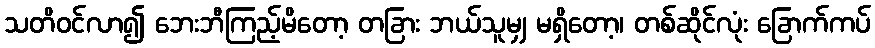
သတိဝင်လာ၍ ဘေးဘီကြည့်မိတော့ တခြား ဘယ်သူမျှ မရှိတော့၊ တစ်ဆိုင်လုံး ခြောက်ကပ်